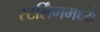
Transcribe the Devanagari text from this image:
स्टर्लिंगमध्ये